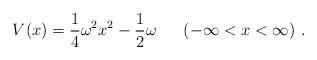
LaTeX: \begin{align*}V(x)=\frac{1}{4} \omega^2 x^2 - \frac{1}{2} \omega~~~~~(-\infty < x < \infty)~.\end{align*}